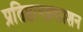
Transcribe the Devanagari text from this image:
प्रतिष्ठानप्रकाशन